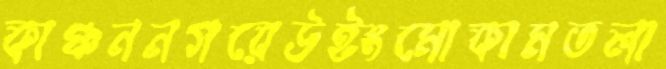
কাঞ্চননগরেউইংমোকামতলা